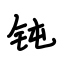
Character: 钝